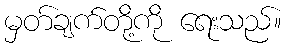
မှတ်ချက်တို့ကို ရေးသည်။